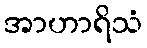
အာဟာရိသံ